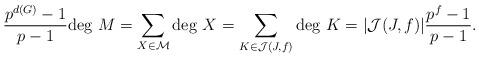
LaTeX: \begin{align*}\frac{p^{d(G)}-1}{p-1}{\rm deg}~M & = \sum_{X\in \mathcal{M}} {\rm deg}~X =\sum_{K\in \mathcal{J}(J,f)} {\rm deg}~K = |\mathcal{J}(J,f)|\frac{p^{f}-1}{p-1}.\end{align*}